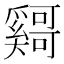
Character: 𫰄